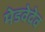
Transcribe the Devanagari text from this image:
मेडवेदेव